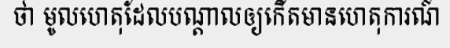
ថា មូលហេតុដែលបណ្តាលឲ្យកើតមានហេតុការណ៍